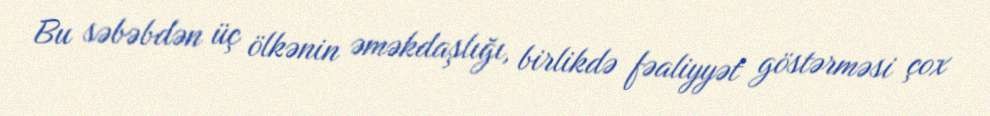
Bu səbəbdən üç ölkənin əməkdaşlığı, birlikdə fəaliyyət göstərməsi çox